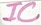
Text: IC